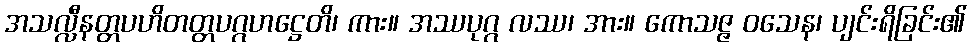
အသလ္လီနတ္တပဟိတတ္တပဂ္ဂဟဋ္ဌေတိ၊ ကား။ အဿပုဂ္ဂ လဿ၊ အား။ ကောသဇ္ဇ ဝသေန၊ ပျင်းရိခြင်း၏